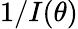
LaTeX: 1/I(\theta)